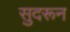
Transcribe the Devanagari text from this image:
सुदरून